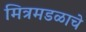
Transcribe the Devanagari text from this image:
मित्रमडळाचे